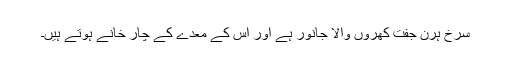
سرخ ہرن جفت کھروں والا جانور ہے اور اس کے معدے کے چار خانے ہوتے ہیں۔